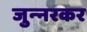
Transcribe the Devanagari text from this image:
जुन्‍नरकर